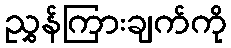
ညွှန်ကြားချက်ကို